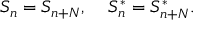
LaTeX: S _ { n } = S _ { n + N } , \; \; \; \; S _ { n } ^ { * } = S _ { n + N } ^ { * } .